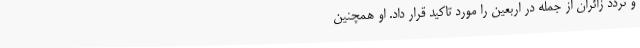
و تردد زائران از جمله در اربعین را مورد تاکید قرار داد. او همچنین